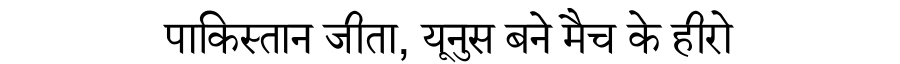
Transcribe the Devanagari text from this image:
पाकिस्तान जीता, यूनुस बने मैच के हीरो